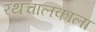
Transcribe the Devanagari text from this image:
रथचालकाला